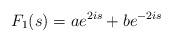
LaTeX: \begin{align*} F_1(s)=a e^{2is}+b e^{-2is} \end{align*}